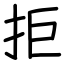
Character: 拒